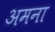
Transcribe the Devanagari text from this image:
अमना